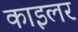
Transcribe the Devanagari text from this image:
काइलर